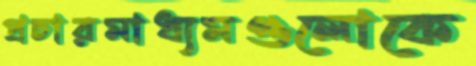
প্রচারমাধ্যমগুলোকে